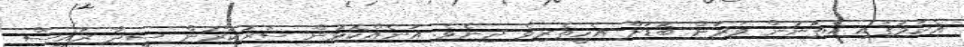
އެކަމުގައި އެތަނުން ވަރަށް ބޮޑަށް އެހީތެރިވެ ދިނެވެ. އަނެއްކޮޅުން ސަރުކާރުން ސީދާ ރައީސް